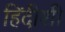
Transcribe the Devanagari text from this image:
हिंदीशी